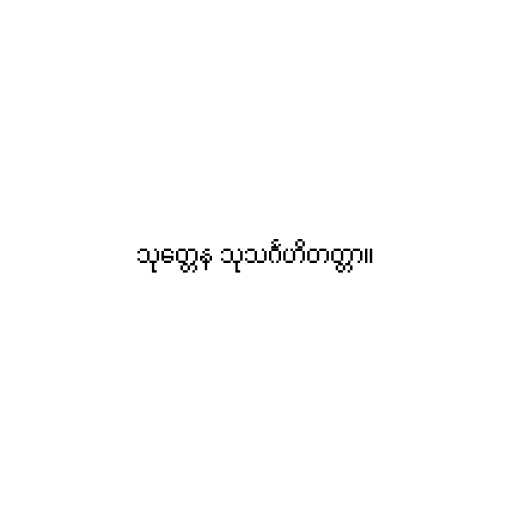
သုတ္တေန သုသင်္ဂဟိတတ္တာ။